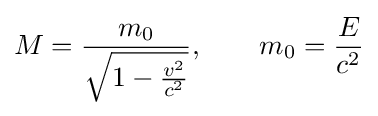
M={\frac {m_{0}}{\sqrt {1-{\frac {v^{2}}{c^{2}}}}}},\qquad m_{0}={\frac {E}{c^{2}}}